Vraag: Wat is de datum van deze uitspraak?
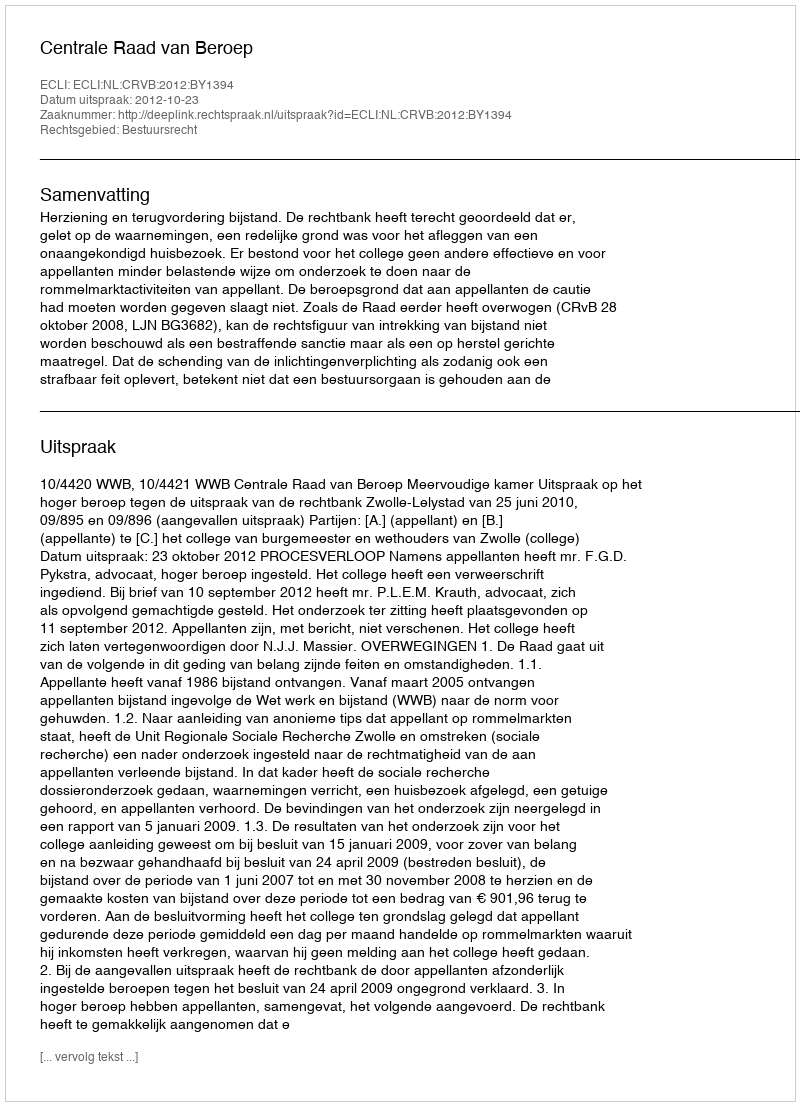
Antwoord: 2012-10-23